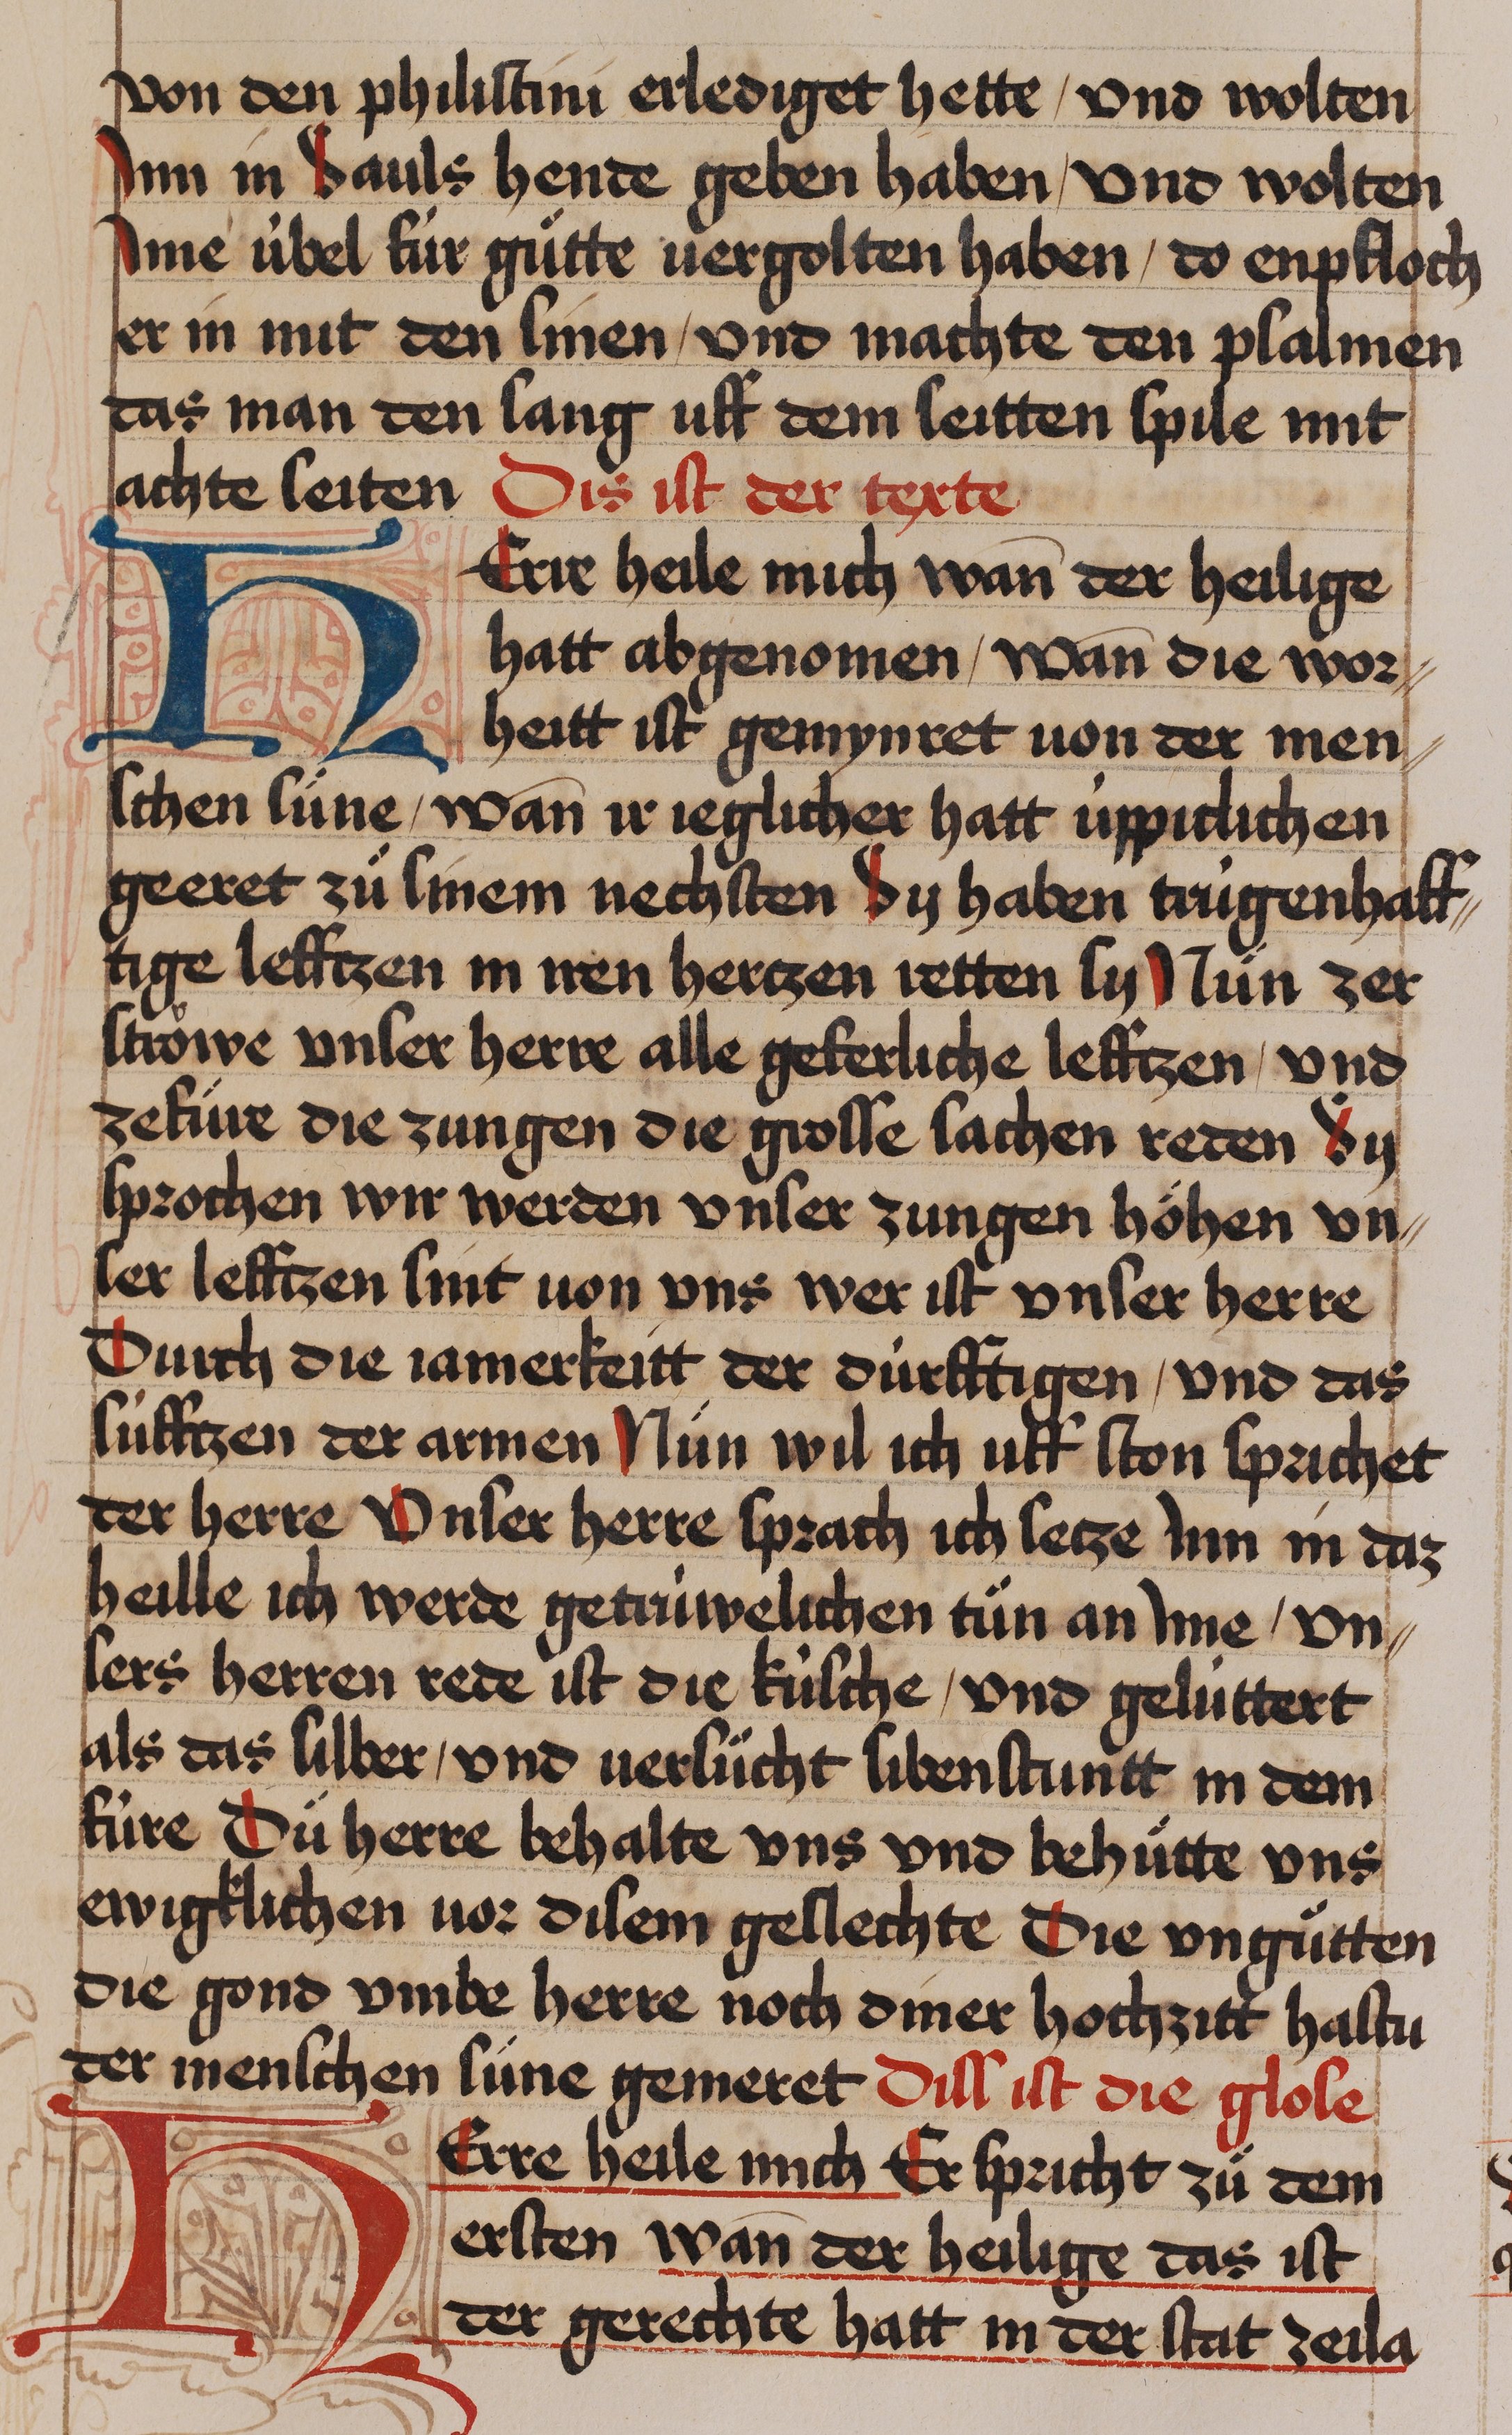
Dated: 1435–1465